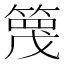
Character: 𥱡